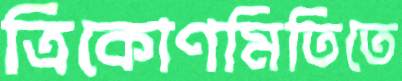
ত্রিকোণমিতিতে